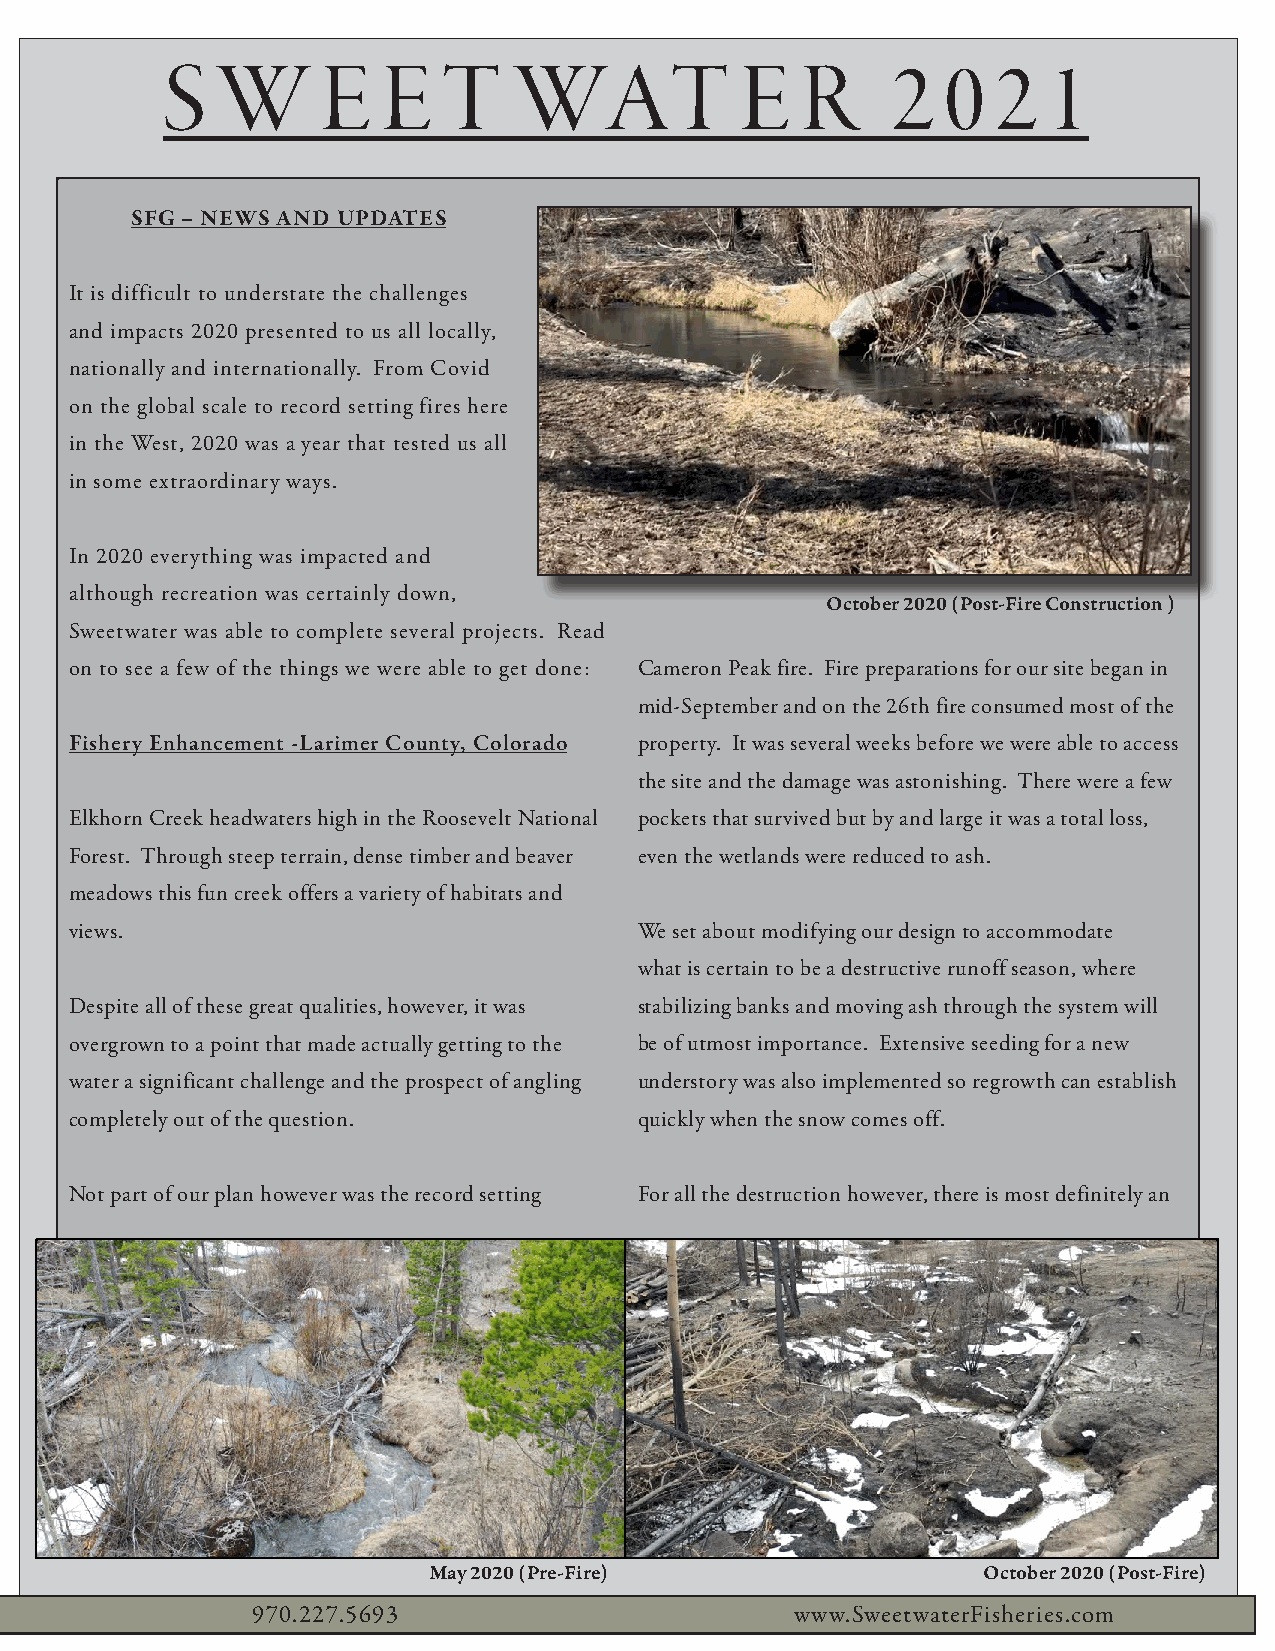
S
 WEETWATER                                                                   S   W      E   E   T   WAT            E   R     2   0  2   1
 FISHERIES    GROUP
 SFG – NEWS AND UPDATES
 It is difficult to understate the challenges
 and impacts 2020 presented to us all locally,
 Fort  Collins,    Colorado                                    nationally and internationally. From Covid
 on the global scale to record setting fires here
 970.227.5693
 in the West, 2020 was a year that tested us all
 www.SweetwaterFisheries.com                                         in some extraordinary ways.
 In 2020 everything was impacted and
 although recreation was certainly down,
 October 2020 (Post-Fire Construction )
 Sweetwater was able to complete several projects. Read
 A LOOK   AT  SFG  SERVICES
 on to see a few of the things we were able to get done: Cameron Peak fire. Fire preparations for our site began in
 mid-September and on the 26th fire consumed most of the
 River Restoration:
 Fishery Enhancement -Larimer County, Colorado property. It was several weeks before we were able to access
 • Full-scale scientific data collection and CAD based stream design                                                       the site and the damage was astonishing. There were a few
 • U.S. Army Corps and state and federal agency permitting
 Elkhorn Creek headwaters high in the Roosevelt National pockets that survived but by and large it was a total loss,
 • Fish and macroinvertebrate habitat improvement
 • Structural implementation and construction                                        Forest. Through steep terrain, dense timber and beaver even the wetlands were reduced to ash.
 Fisheries Science:
 meadows this fun creek offers a variety of habitats and
 SFG conducting a fish population survey
 views.                                We set about modifying our design to accommodate
 • Electrofishing population surveys and reporting
 • Benthic Macroinvertebrate studies and forage base analysis                                                              what is certain to be a destructive runoff season, where
 • Fishery management and consulting
 Despite all of these great qualities, however, it was stabilizing banks and moving ash through the system will
 Stream Corridor Analysis:
 overgrown to a point that made actually getting to the be of utmost importance. Extensive seeding for a new
 • Riparian plant species inventory                                                  water a significant challenge and the prospect of angling understory was also implemented so regrowth can establish
 • Riparian identification & classification
 completely out of the question.       quickly when the snow comes off.
 • Riparian condition assessment
 • Wetland delineation
 Stillwater Development:
 Not part of our plan however was the record setting For all the destruction however, there is most definitely an
 • Pond engineering and design           Detailed stream corridor analysis
 • Construction and lining (natural & synthetic)
 • Aquatic habitat management
 • Custom aeration design & installation
 Fishery Stocking Services:
 • Trophy Trout
 – Brown Trout
 – Brook Trout
 – Rainbow Trout (Multiple Species)
 – Cutthroat Trout
 • Forage base stockings
 – Freshwater Shrimp (Gammarus lacustris)
 SFG’s Freshwater Shrimp nursery
 – Fathead Minnows (Pimephales promelas)                                                                  May 2020 (Pre-Fire)                  October 2020 (Post-Fire)
 970.227.5693                        www.SweetwaterFisheries.com                     970.227.5693                        www.SweetwaterFisheries.com